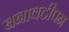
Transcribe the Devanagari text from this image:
बनावटीपन